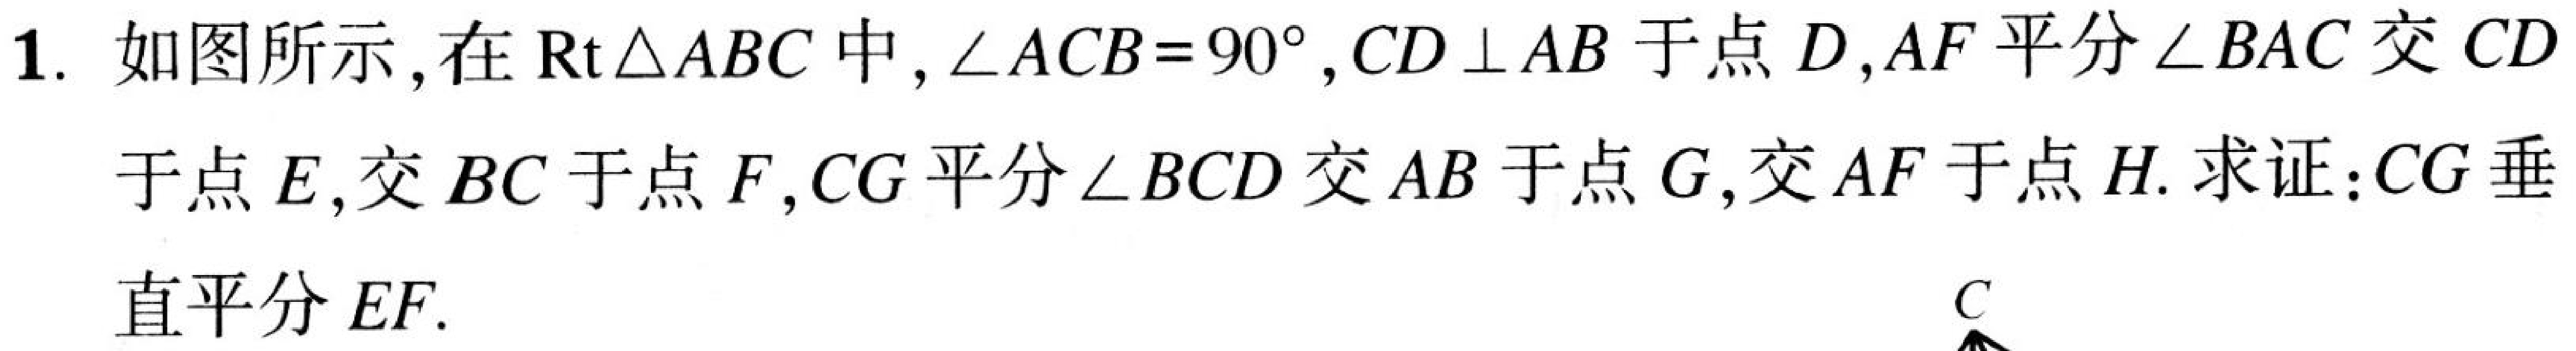
1. 如图所示，在\(\text{Rt}\triangle ABC\)中，\(\angle ACB = 90^{\circ}\)，\(CD\perp AB\)于点\(D\)，\(AF\)平分\(\angle BAC\)交\(CD\)
于点\(E\)，交\(BC\)于点\(F\)，\(CG\)平分\(\angle BCD\)交\(AB\)于点\(G\)，交\(AF\)于点\(H\). 求证：\(CG\)垂
直平分\(EF\).